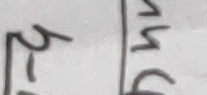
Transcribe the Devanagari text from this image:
२ १५